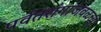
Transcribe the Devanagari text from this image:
पर्वतरांगाजवळच्या